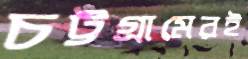
চট্টগ্রামেরই